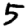
Digit: 5